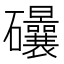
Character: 𥘀